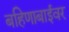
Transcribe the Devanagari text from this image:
बहिणाबाईवर